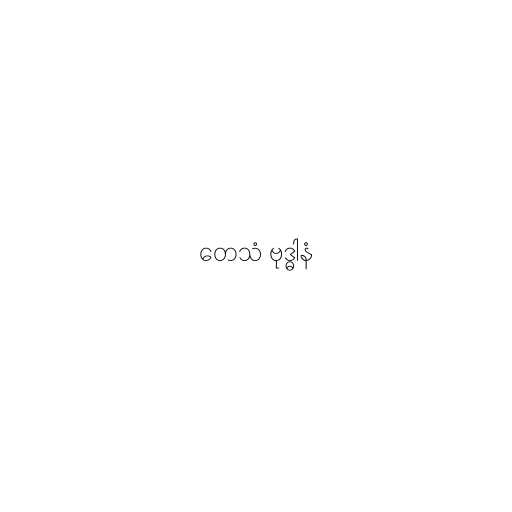
တေသံ ဗုဒ္ဓါနံ